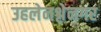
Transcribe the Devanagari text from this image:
उहलेनश्लेनगर